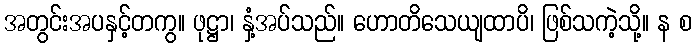
အတွင်းအပနှင့်တကွ။ ဖုဋ္ဌာ၊ နှံ့အပ်သည်။ ဟောတိသေယျထာပိ၊ ဖြစ်သကဲ့သို့။ န စ